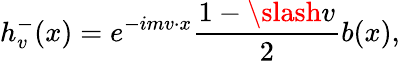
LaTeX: h_{v}^{-}(x)=e^{-imv\cdot x}\frac{1-\slash v}{2}b(x),